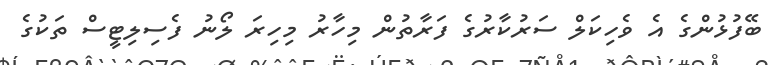
ބޭފުޅުންގެ އެ ވެހިކަލް ސަރުކާރުގެ ފަރާތުން މިހާރު މިހިރަ ލޯނު ފެސިލިޓީސް ތަކުގެ